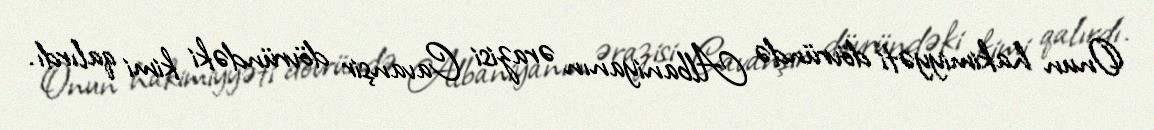
Onun hakimiyyəti dövründə Albaniyanın ərazisi Cavanşir dövründəki kimi qalırdı.